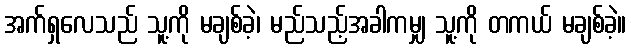
အက်ရှလေသည် သူ့ကို မချစ်ခဲ့၊ မည်သည့်အခါကမျှ သူ့ကို တကယ် မချစ်ခဲ့။